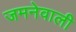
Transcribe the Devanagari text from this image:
जमनेवाली